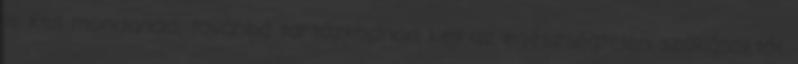
le kell mondanod, továbbá tartózkodnod kell az egészségtelen szokásoktól,